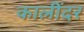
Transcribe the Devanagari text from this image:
कालींदर